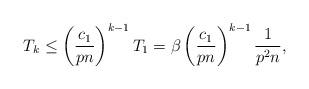
\begin{align*}T_{k} \leq \left( \frac{c_1}{pn} \right)^{k-1}T_1 = \beta \left( \frac{c_1}{pn} \right)^{k-1} \frac{1}{p^2n},\end{align*}